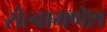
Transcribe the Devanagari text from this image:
सेल्वागणेश